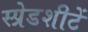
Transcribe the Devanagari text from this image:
स्प्रेडशीटें